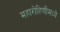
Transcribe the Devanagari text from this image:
महारोहिणीमध्ये